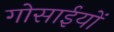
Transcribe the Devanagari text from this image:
गोसाईयों